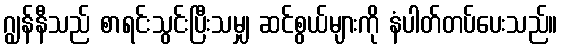
ဂျွန်နီသည် စာရင်းသွင်းပြီးသမျှ ဆင်စွယ်များကို နံပါတ်တပ်ပေးသည်။